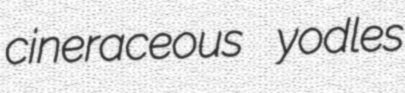
cineraceous yodles